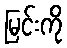
မြင်းကို